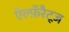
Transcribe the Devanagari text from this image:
ऐल्फ़ॅरैट्ज़